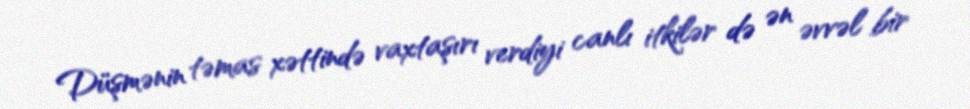
Düşmənin təmas xəttində vaxtaşırı verdiyi canlı itkilər də ən əvvəl bir